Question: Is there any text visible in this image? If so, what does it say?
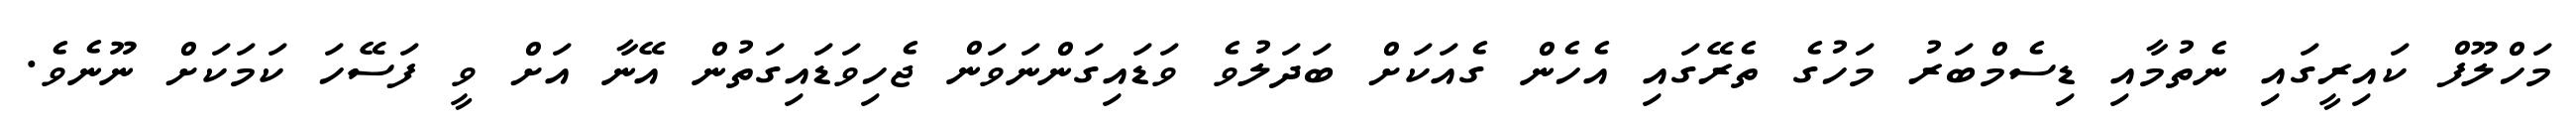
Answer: މަހްލޫފް ކައިރީގައި ނެތުމާއި ޑިސެމްބަރު މަހުގެ ތެރޭގައި އެހެން ގެއަކަށް ބަދަލުވެ ވަޑައިގަންނަވަން ޖެހިވަޑައިގަތުން އޭނާ އަށް ވީ ފަސޭހަ ކަމަކަށް ނޫނެވެ.